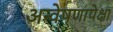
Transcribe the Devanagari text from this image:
अन्वेषणापेक्षा